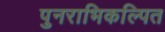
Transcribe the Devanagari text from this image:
पुनराभिकल्पित